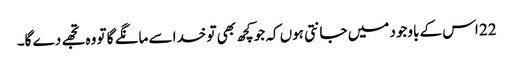
22 اس کے باوجود میں جانتی ہوں کہ جو کچھ بھی تو خدا سے مانگے گا تو وہ تجھے دے گا۔